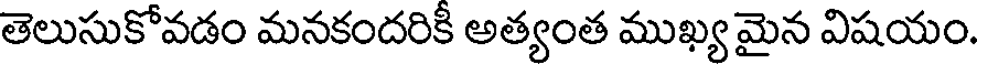
తెలుసుకోవడం మనకందరికీ అత్యంత ముఖ్య మైన విషయం.